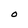
Character: O